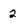
Character: 2